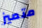
متميز